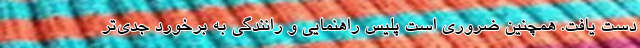
دست یافت. همچنین ضروری است پلیس راهنمایی و رانندگی به برخورد جدی‌تر